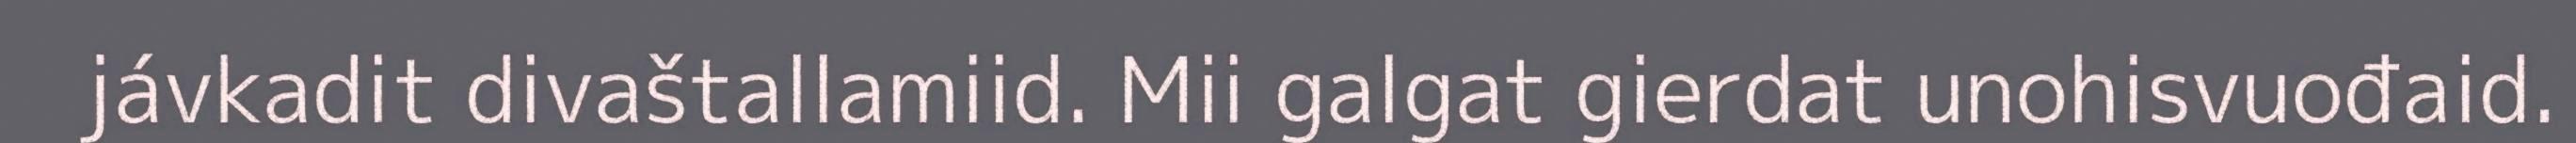
jávkadit divaštallamiid. Mii galgat gierdat unohisvuođaid.